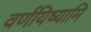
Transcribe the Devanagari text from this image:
वर्णयिष्यामि